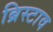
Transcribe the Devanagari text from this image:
ब्रिस्टाव